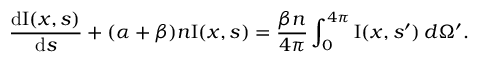
\frac { \ensuremath { \mathrm { d } } \mathrm { I } ( { \ensuremath { \boldsymbol } x } , { \ensuremath { \boldsymbol } s } ) } { \ensuremath { \mathrm { d } } s } + ( \alpha + \beta ) n \mathrm { I } ( { \ensuremath { \boldsymbol } x } , { \ensuremath { \boldsymbol } s } ) = \frac { \beta n } { 4 \pi } \int _ { 0 } ^ { 4 \pi } \mathrm { I } ( { \ensuremath { \boldsymbol } x } , { \ensuremath { \boldsymbol } s } ^ { \prime } ) \, d \Omega ^ { \prime } .